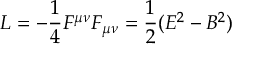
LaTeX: L = - \frac { 1 } { 4 } F ^ { \mu \nu } F _ { \mu \nu } = \frac { 1 } { 2 } ( E ^ { 2 } - B ^ { 2 } )